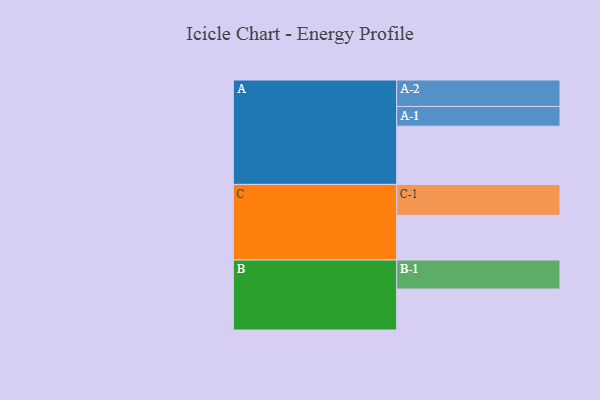
{"axis": {"x": "Segment", "y": "Value"}, "legend": ["", "A", "B", "C"], "data": [{"x": "A", "y": 447, "type": ""}, {"x": "B", "y": 314, "type": ""}, {"x": "C", "y": 343, "type": ""}, {"x": "A-1", "y": 151, "type": "A"}, {"x": "A-2", "y": 203, "type": "A"}, {"x": "B-1", "y": 223, "type": "B"}, {"x": "C-1", "y": 237, "type": "C"}]}